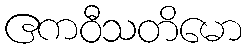
ဧကဝီသတိမော